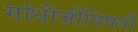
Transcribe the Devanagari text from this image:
गांधीजींविषयी